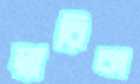
দ্বারিকা